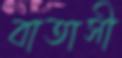
বাতাসী